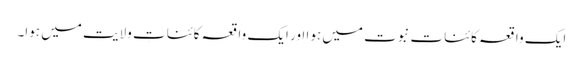
ایک واقعہ کائناتِ نبوت میں ہوا اور ایک واقعہ کائناتِ ولایت میں ہوا۔